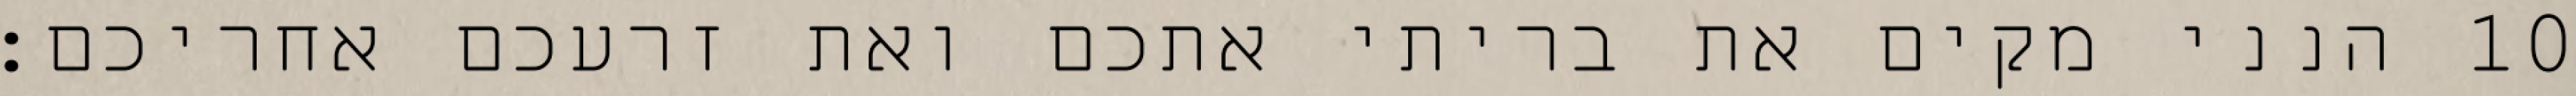
הנני מקים את בריתי אתכם ואת זרעכם אחריכם׃ ‎10‏